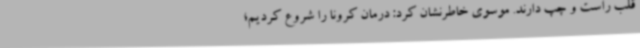
قلب راست و چپ دارند. موسوی خاطرنشان کرد: درمان کرونا را شروع کردیم؛